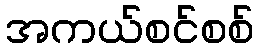
အကယ်စင်စစ်